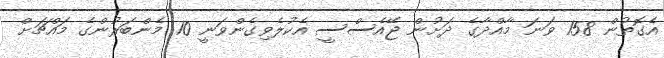
އެގޮތުން 158 ވަނަ މާއްދާގެ ދަށުން ޖޭއެސްސީ އެކުލެވިގެންވަނީ 10 މެންބަރުންގެ މައްޗަށް